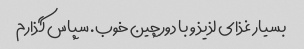
بسیار غذای لذیذ و با دورچین خوب. سپاس گذارم